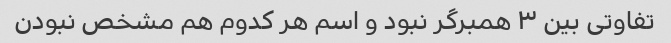
تفاوتی بین ۳ همبرگر نبود و اسم هر کدوم هم مشخص نبودن